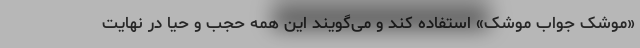
«موشک جواب موشک» استفاده کند و می‌گویند این همه حجب و حیا در نهایت